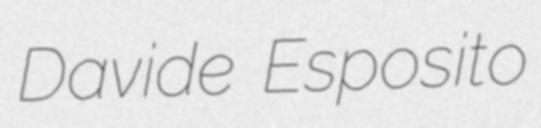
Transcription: Davide Esposito